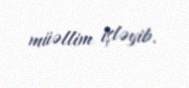
müəllim işləyib.